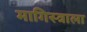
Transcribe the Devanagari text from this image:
मागिस्त्राला